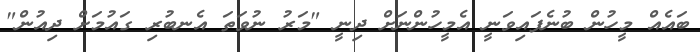
ބައެއް މީހުން ބުނެފައިވަނީ އެމީހުންނަށް ދިނީ "މަރު ނުވަތަ އެނބުރި ގައުމަށް ދިއުން"